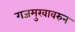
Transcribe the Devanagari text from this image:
गजमुखावरुन